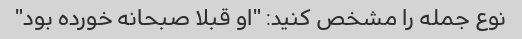
نوع جمله را مشخص کنید: "او قبلا صبحانه خورده بود"